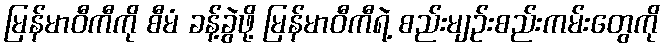
မြန်မာဝီကီကို စီမံ ခန့်ခွဲဖို့ မြန်မာဝီကီရဲ့ စည်းမျဉ်းစည်းကမ်းတွေကို